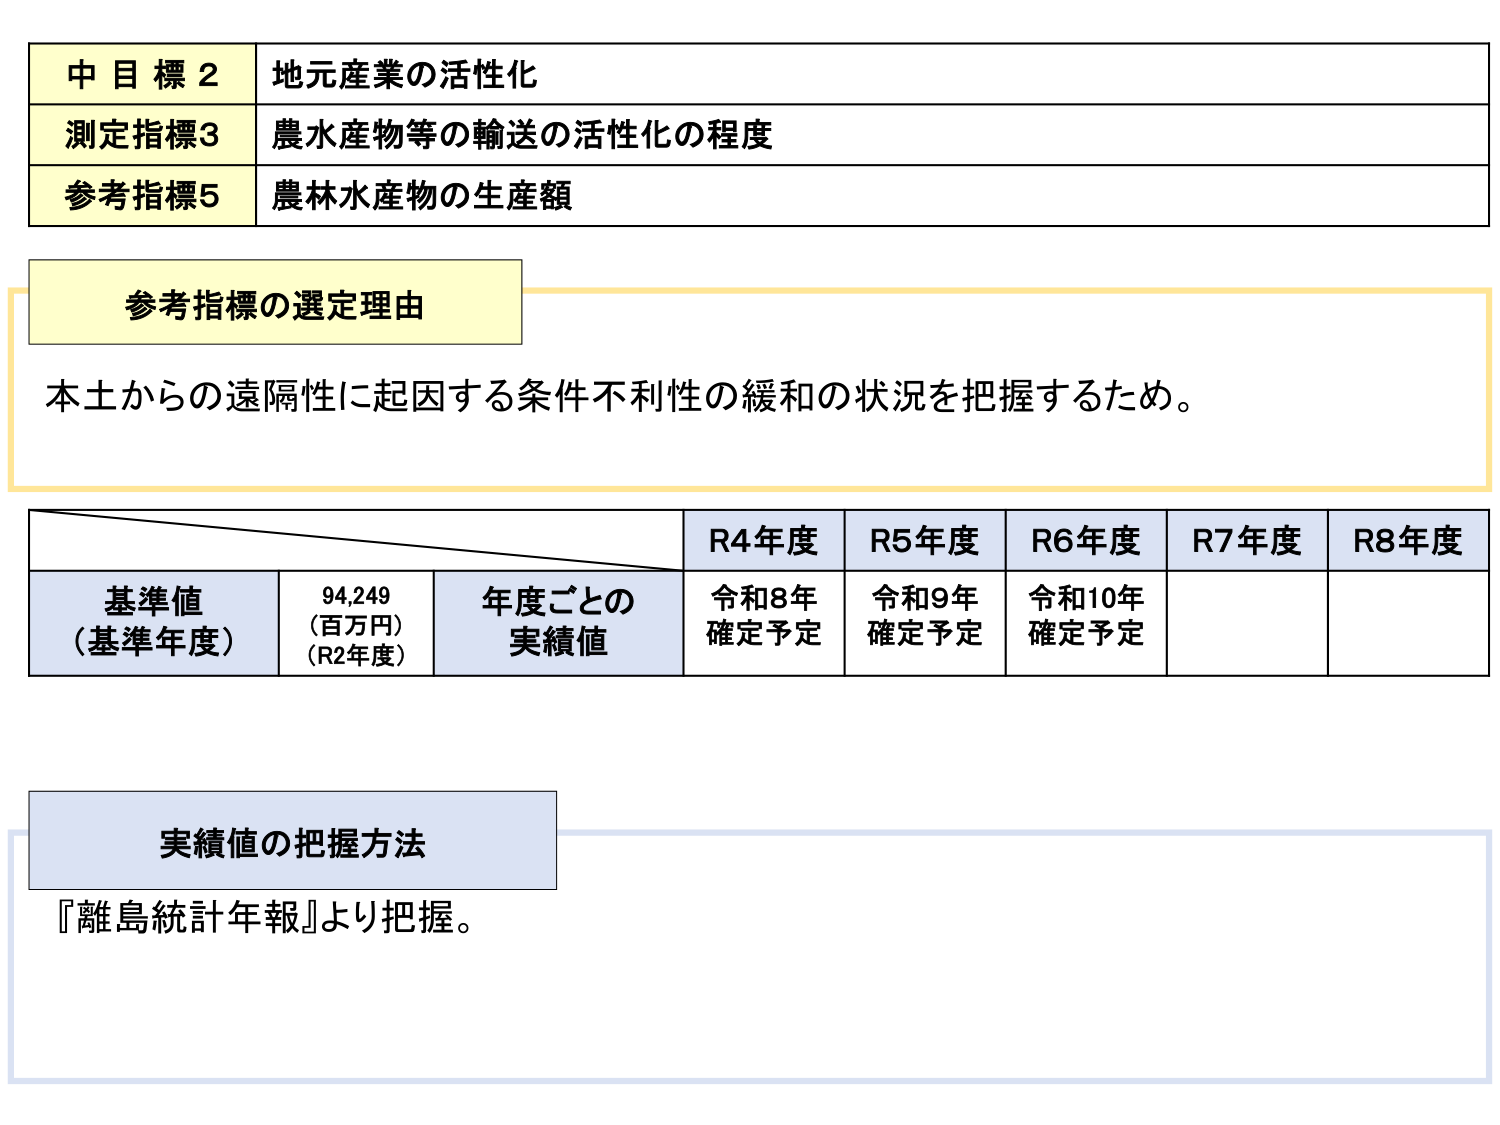
中目標2 地元産業の活性化
測定指標3 農水産物等の輸送の活性化の程度
参考指標5 農林水産物の生産額

参考指標の選定理由
本土からの遠隔性に起因する条件不利性の緩和の状況を把握するため。

R4年度 R5年度 R6年度 R7年度 R8年度
基準値（基準年度） 94,249（百万円）（R2年度） 年度ごとの実績値 令和8年確定予定 令和9年確定予定 令和10年確定予定

実績値の把握方法
『離島統計年報』より把握。